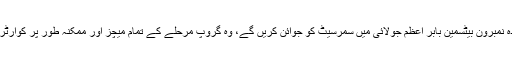
آئی سی سی ٹی 20 رینکنگ میں موجودہ نمبرون بیٹسمین بابر اعظم جولائی میں سمرسیٹ کو جوائن کریں گے، وہ گروپ مرحلے کے تمام میچز اور ممکنہ طور پر کوارٹر فائنل کے لئے ٹیم کو دستیاب ہوں گے۔